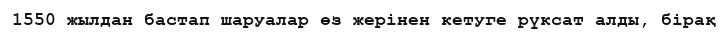
1550 жылдан бастап шаруалар өз жерінен кетуге рүксат алды, бірақ